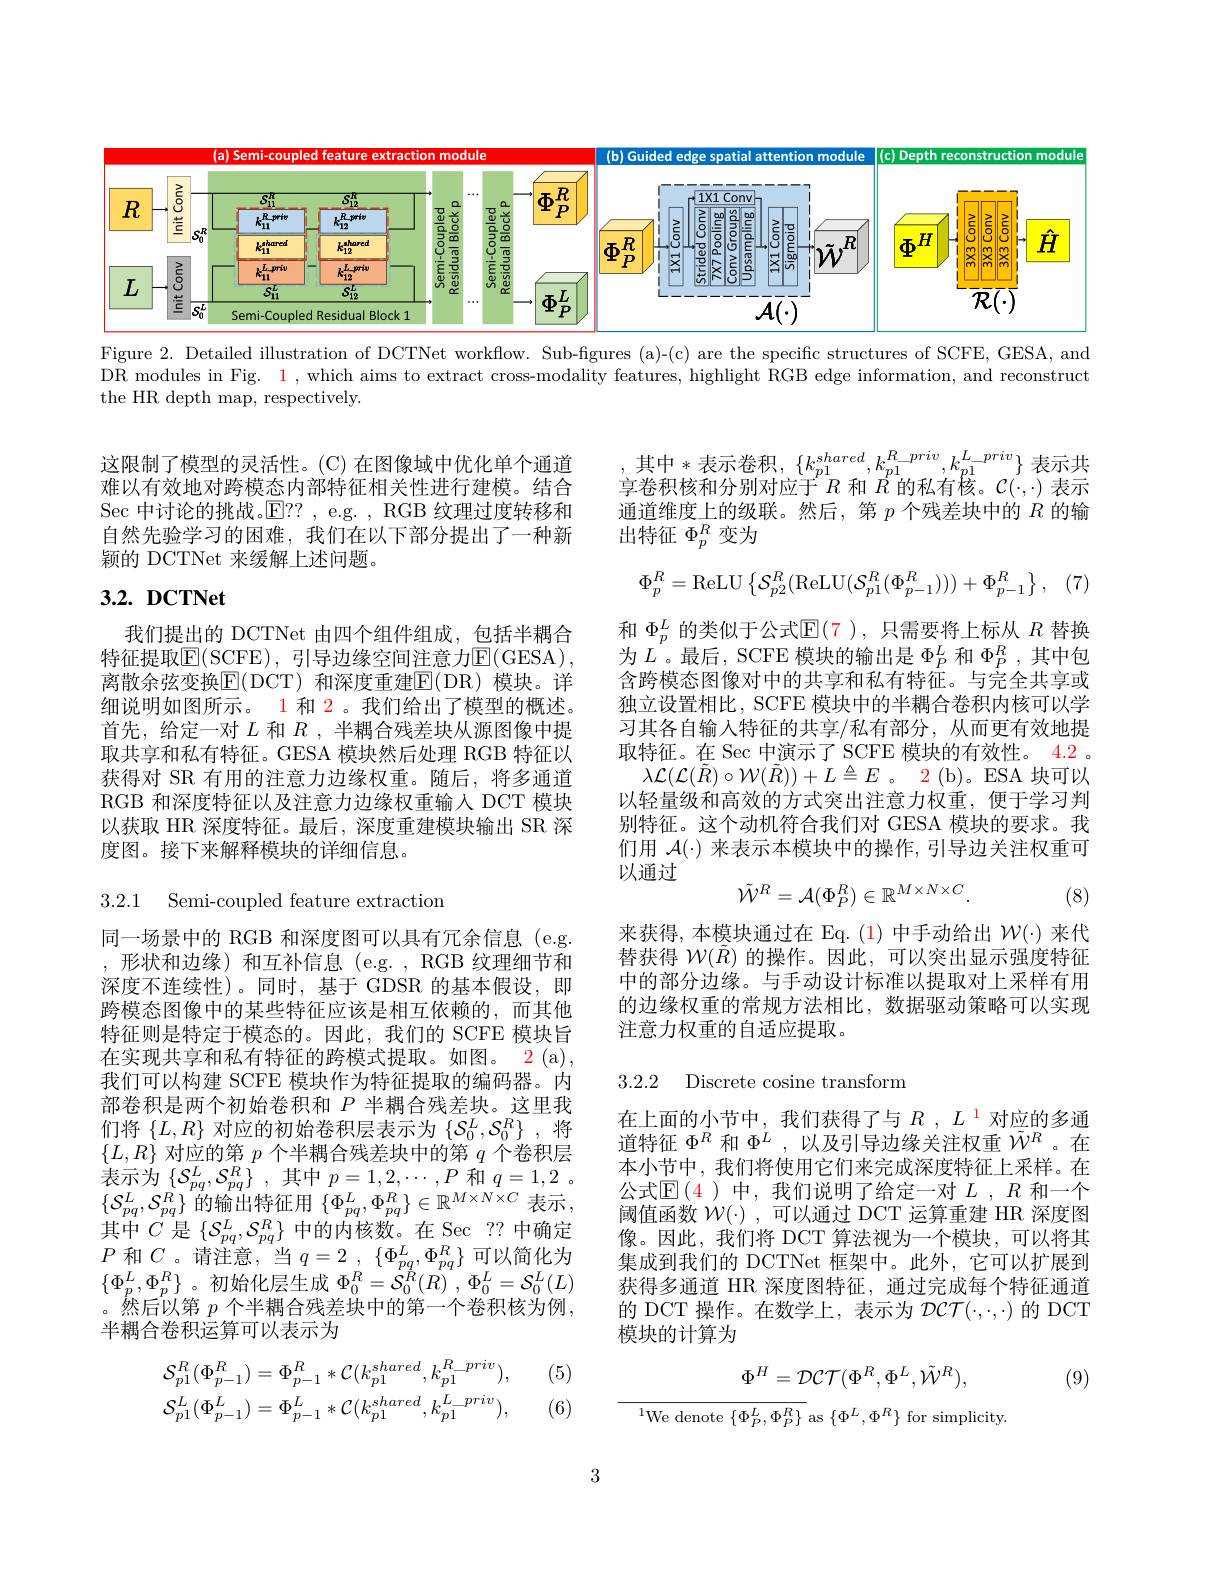
<FigureHere>
Figure 2. Detailed illustration of DCTNet workflow. Sub-figures (a)-(c) are the specific structures of SCFE, GESA, and

$\bar{\text{DR modules in Fig. 1 , which aims to extract cross-modality features, highlight RGB edge information, and reconstruction, and reconstruction, }}$
the HR depth map, respectively.

这限制了模型的灵活性。(C) 在图像域中优化单个通道难以有效地对跨模态内部特征相关性进行建模。结合Sec 中讨论的挑战。$\operatorname{E??}$, e.g. , RGB 纹理过度转移和自然先验学习的困难，我们在以下部分提出了一种新颖的 DCTNet 来缓解上述问题。

(7

### $3. 2. \textbf{ DCTNet}$

其中*表示卷积$,\{k_p1^{shared},k_{p1}^{R_{-priv}},k_{p1}^{L_{-priv}}\}$ 表示共享卷积核和分别对应于$R$和$R$的私有核。$\mathcal{C}(\cdot,\cdot)$表示通道维度上的级联。然后，第$p$个残差块中的$R$的输出特征$\Phi_p^R$变为
$$\Phi_p^R=\mathrm{ReLU}\left\{\mathcal{S}_{p2}^R(\mathrm{ReLU}(\mathcal{S}_{p1}^R(\Phi_{p-1}^R)))+\Phi_{p-1}^R\right\},$$
和$\Phi_p^L$的类似于公式$\mathbb{E}(7$ ),只需要将上标从$R$替换为$L^{^{P}}$。最后，SCFE 模块的输出是$\Phi_P^{L}$和$\Phi_P^{R}$,其中包含跨模态图像对中的共享和私有特征。与完全共享或独立设置相比，SCFE 模块中的半耦合卷积内核可以学习其各自输入特征的共享/私有部分，从而更有效地提取特征。在 Sec 中演示了 SCFE 模块的有效性。4.2 。
$\lambda\mathcal{L}(\mathcal{L}(\tilde{R})\circ\mathcal{W}(\tilde{R}))+L\triangleq E$ 。2(b)。ESA 块可以以轻量级和高效的方式突出注意力权重，便于学习判别特征。这个动机符合我们对 GESA 模块的要求。我们用$\mathcal{A}(\cdot)$来表示本模块中的操作，引导边关注权重可以通过

我们提出的 DCTNet 由四个组件组成，包括半耦合特征提取$\operatorname{\overline{\mathrm{E}}}(\operatorname{SCFE})$, 引导边缘空间注意力$\operatorname{\overline{\mathrm{E}}}(\operatorname{GESA})$, 离散余弦变换$\operatorname{E}($DCT)和深度重建$\operatorname{E}($DR)模块。详细说明如图所示。1 和 2 。我们给出了模型的概述。首先，给定一对$L$ 和 $R$ ,半耦合残差块从源图像中提取共享和私有特征。GESA 模块然后处理 RGB 特征以获得对 SR 有用的注意力边缘权重。随后，将多通道RGB 和深度特征以及注意力边缘权重输入 DCT 模块以获取 HR 深度特征。最后，深度重建模块输出 SR 深度图。接下来解释模块的详细信息。
$$\tilde{\mathcal{W}}^R=\mathcal{A}(\Phi_P^R)\in\mathbb{R}^{M\times N\times C}.$$
(8)

3.2.1 Semi-coupled feature extraction

来获得，本模块通过在 Eq.(1)中手动给出$\mathcal{W}(\cdot)$来代替获得$\mathcal{W}(\tilde{R})$的操作。因此，可以突出显示强度特征中的部分边缘。与手动设计标准以提取对上采样有用的边缘权重的常规方法相比，数据驱动策略可以实现注意力权重的自适应提取。

3.2.2 Discrete cosine transform

同一场景中的 RGB 和深度图可以具有冗余信息(e.g. ,形状和边缘)和互补信息(e.g.,RGB 纹理细节和深度不连续性)。同时，基于 GDSR 的基本假设，即跨模态图像中的某些特征应该是相互依赖的，而其他特征则是特定于模态的。因此，我们的 SCFE 模块旨在实现共享和私有特征的跨模式提取。如图。2(a), 我们可以构建 SCFE 模块作为特征提取的编码器。内部卷积是两个初始卷积和$P$半耦合残差块。这里我们将$\{L,R\}$对应的初始卷积层表示为$\{\mathcal{S}_0^L,\mathcal{S}_0^R\}$ ,将$\{L,R\}$对应的第$p$个半耦合残差块中的第$q$个卷积层表示为$\left\{\mathcal{S}_{pq}^{L},\mathcal{S}_{pq}^{R}\right\}$,其中$p=1,2,\cdots,P$ 和$q=1,2$。$\{\mathcal{S}_{pq}^{L},\mathcal{S}_{pq}^{R}\}$的输出特征用$\{\Phi_{pq}^{L},\Phi_{pq}^{R}\}\in\mathbb{R}^{M\times N\times C}$表示， $\begin{array}{l}{\text{其中 }C\text{ 是 }\{\mathcal{S}_{pq}^{L},\mathcal{S}_{pq}^{R}\}\text{ 中的内核数。在 Sec}\:??\text{ 中确定}}\\{P\text{ 和 }C\text{ 。请注意 },\text{ 当 }q=2\mathrm{~,~}\{\Phi_{pq}^{L},\Phi_{pq}^{R}\}\text{ 可以简化为}}\end{array}$ $\{\Phi_{p}^{L},\Phi_{p}^{R}\}$。初始化层生成$\Phi _0^R= \mathcal{S} _0^{R}( R)$ , $\Phi _{0}^{L}= \mathcal{S} _{0}^{L}( L)$ 。然后以第$p$个半耦合残差块中的第一个卷积核为例， 半耦合卷积运算可以表示为

在上面的小节中，我们获得了与$R$ , $L^{1}$对应的多通道特征$\Phi^R$和$\Phi^L$,以及引导边缘关注权重$\tilde{W}^R$。在本小节中，我们将使用它们来完成深度特征上采样。在公式$\operatorname{E}(4$ )中，我们说明了给定一对 $L,R$ 和一个阈值函数$\mathcal{W} ( \cdot )$ ,可以通过 DCT 运算重建 HR 深度图像。因此，我们将 DCT 算法视为一个模块，可以将其集成到我们的 DCTNet 框架中。此外，它可以扩展到获得多通道 HR 深度图特征，通过完成每个特征通道的 DCT 操作。在数学上，表示为$\mathcal{DCT}(\cdot,\cdot,\cdot)$的 DCT 模块的计算为

(5)

(9)
$$\mathcal{S}_{p1}^{R}(\Phi_{p-1}^{R})=\Phi_{p-1}^{R}*\mathcal{C}(k_{p1}^{shared},k_{p1}^{R_priv}),\\\mathcal{S}_{p1}^{L}(\Phi_{p-1}^{L})=\Phi_{p-1}^{L}*\mathcal{C}(k_{p1}^{shared},k_{p1}^{L_priv}),$$
$$\Phi^{H}=\mathcal{DCT}(\Phi^{R},\Phi^{L},\tilde{\mathcal{W}}^{R}),$$
${^{1}\mathrm{We~denote~}\{\Phi_{P}^{L},\Phi_{P}^{R}\}\mathrm{~as~}\{\Phi^{L},\Phi^{R}\}\mathrm{~for~simplicity}}$

(6)

3